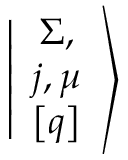
\left\vert \begin{array} { c } { { \Sigma , } } \\ { { j , \mu } } \\ { { \left[ q \right] } } \end{array} \right>